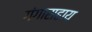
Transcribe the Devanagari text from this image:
गंगासहाय